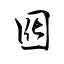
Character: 囮